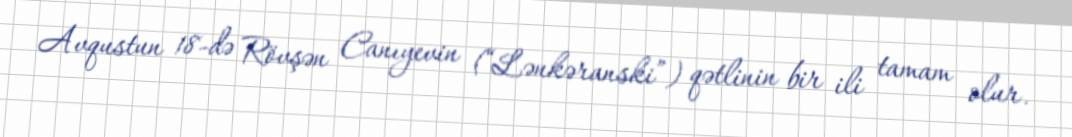
Avqustun 18-də Rövşən Canıyevin (“Lənkəranski”) qətlinin bir ili tamam olur.